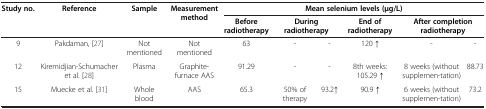
| Study no. | Reference | Sample | Measurement method | <COLSPAN=6> Mean selenium levels (μg/L) |
 |  |  |  |  | Before radiotherapy | <COLSPAN=2> During radiotherapy | End of radiotherapy | <COLSPAN=2> After completion radiotherapy |
 | --- | --- | --- | --- | --- | --- | --- | --- | --- | --- |
 | 9 | Pakdaman, [27] | Not mentioned | Not mentioned | 63 | - | - | 120 ↑ | - | - |
 | 12 | Kiremidjian-Schumacher et al. [28] | Plasma | Graphite-furnace AAS | 91.29 | - | - | 8th weeks: 105.29 ↑ | 8 weeks (without supplemen-tation) | 88.73 |
 | 15 | Muecke et al. [31] | Whole blood | AAS | 65.3 | 50% of therapy | 93.2↑ | 90.9 ↑ | 6 weeks (without supplemen-tation) | 73.2 |